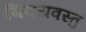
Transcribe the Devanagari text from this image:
बिषयवस्तु